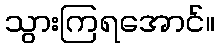
သွားကြရအောင်။